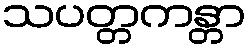
သပတ္တကန္တာ